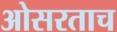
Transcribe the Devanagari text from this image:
ओसरताच